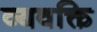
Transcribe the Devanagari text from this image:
व्यवक्ति